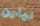
لهذين